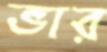
ভার